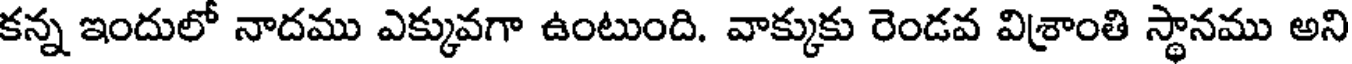
కన్న ఇందులో నాదము ఎక్కువగా ఉంటుంది. వాక్కుకు రెండవ విశ్రాంతి స్థానము అని